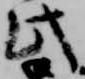
此